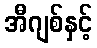
အီဂျစ်နှင့်